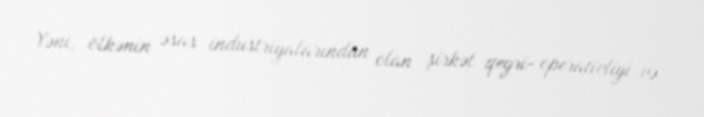
Yəni, ölkənin əsas industriyalarından olan şirkət qeyri- operativliyi və